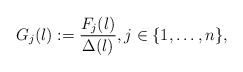
\begin{align*} G_j(\l):=\frac{F_j(\l)}{\Delta(\l)}, j \in \{1,\ldots,n\},\end{align*}